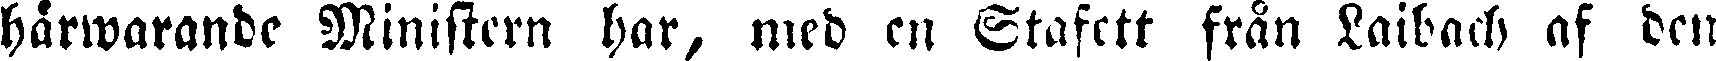
härwarande Ministern har, med en Stafett från Laibach af den